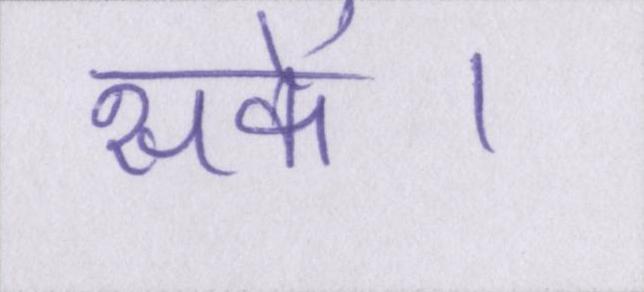
सकें।